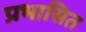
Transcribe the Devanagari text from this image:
प्रभासित